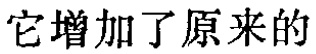
它增加了原来的